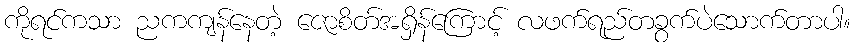
ကိုရင်ကသာ ညကကျန်နေတဲ့ ဇောစိတ်အရှိန်ကြောင့် လဖက်ရည်တခွက်ပဲသောက်တာပါ။